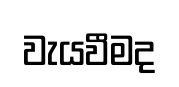
වැයවීමද